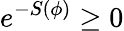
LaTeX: e^{-S(\phi)}\geq 0